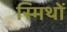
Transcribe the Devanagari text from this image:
स्मिथों